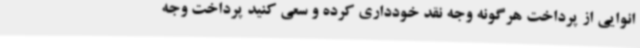
انوایی از پرداخت هرگونه وجه نقد خودداری کرده و سعی کنید پرداخت وجه